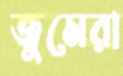
জুমেরা